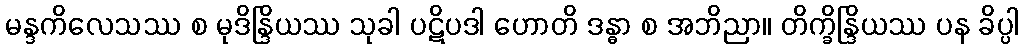
မန္ဒကိလေသဿ စ မုဒိန္ဒြိယဿ သုခါ ပဋိပဒါ ဟောတိ ဒန္ဓာ စ အဘိညာ။ တိက္ခိန္ဒြိယဿ ပန ခိပ္ပါ